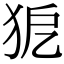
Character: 𤝤